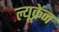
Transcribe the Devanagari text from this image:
ल्यूक्रेन